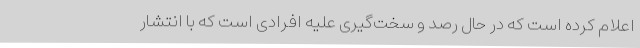
اعلام کرده است که در حال رصد و سخت‌گیری علیه افرادی است که با انتشار